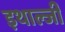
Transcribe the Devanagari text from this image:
इथाल्जी